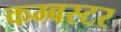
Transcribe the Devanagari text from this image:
कम्बस्टर